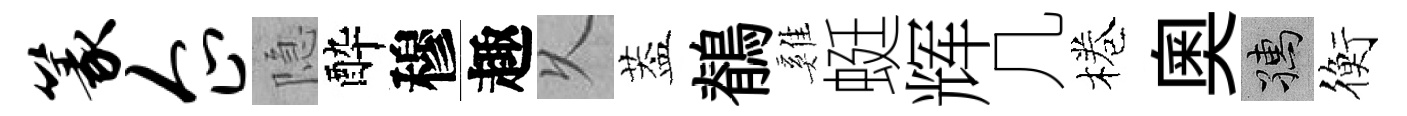
篆企隐酔穆趣乆葢鶺雞蜓辉几棬奥孺衡